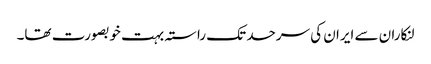
لنکاران سے ایران کی سرحد تک راستہ بہت خوبصورت تھا۔